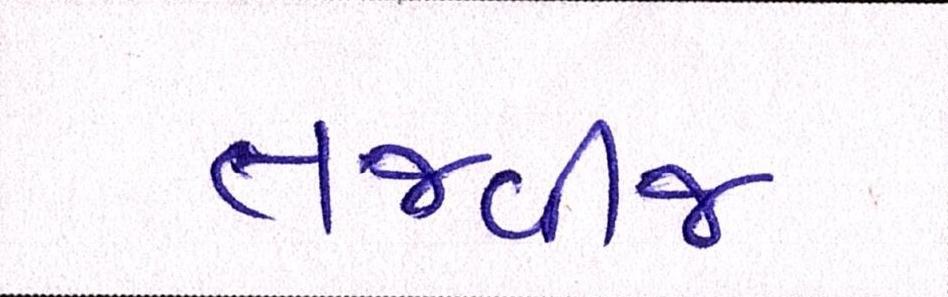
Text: તજવીજ